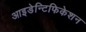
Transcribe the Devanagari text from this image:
आइडेन्टिफिकेशन